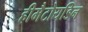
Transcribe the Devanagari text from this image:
हीमैटोयडिन